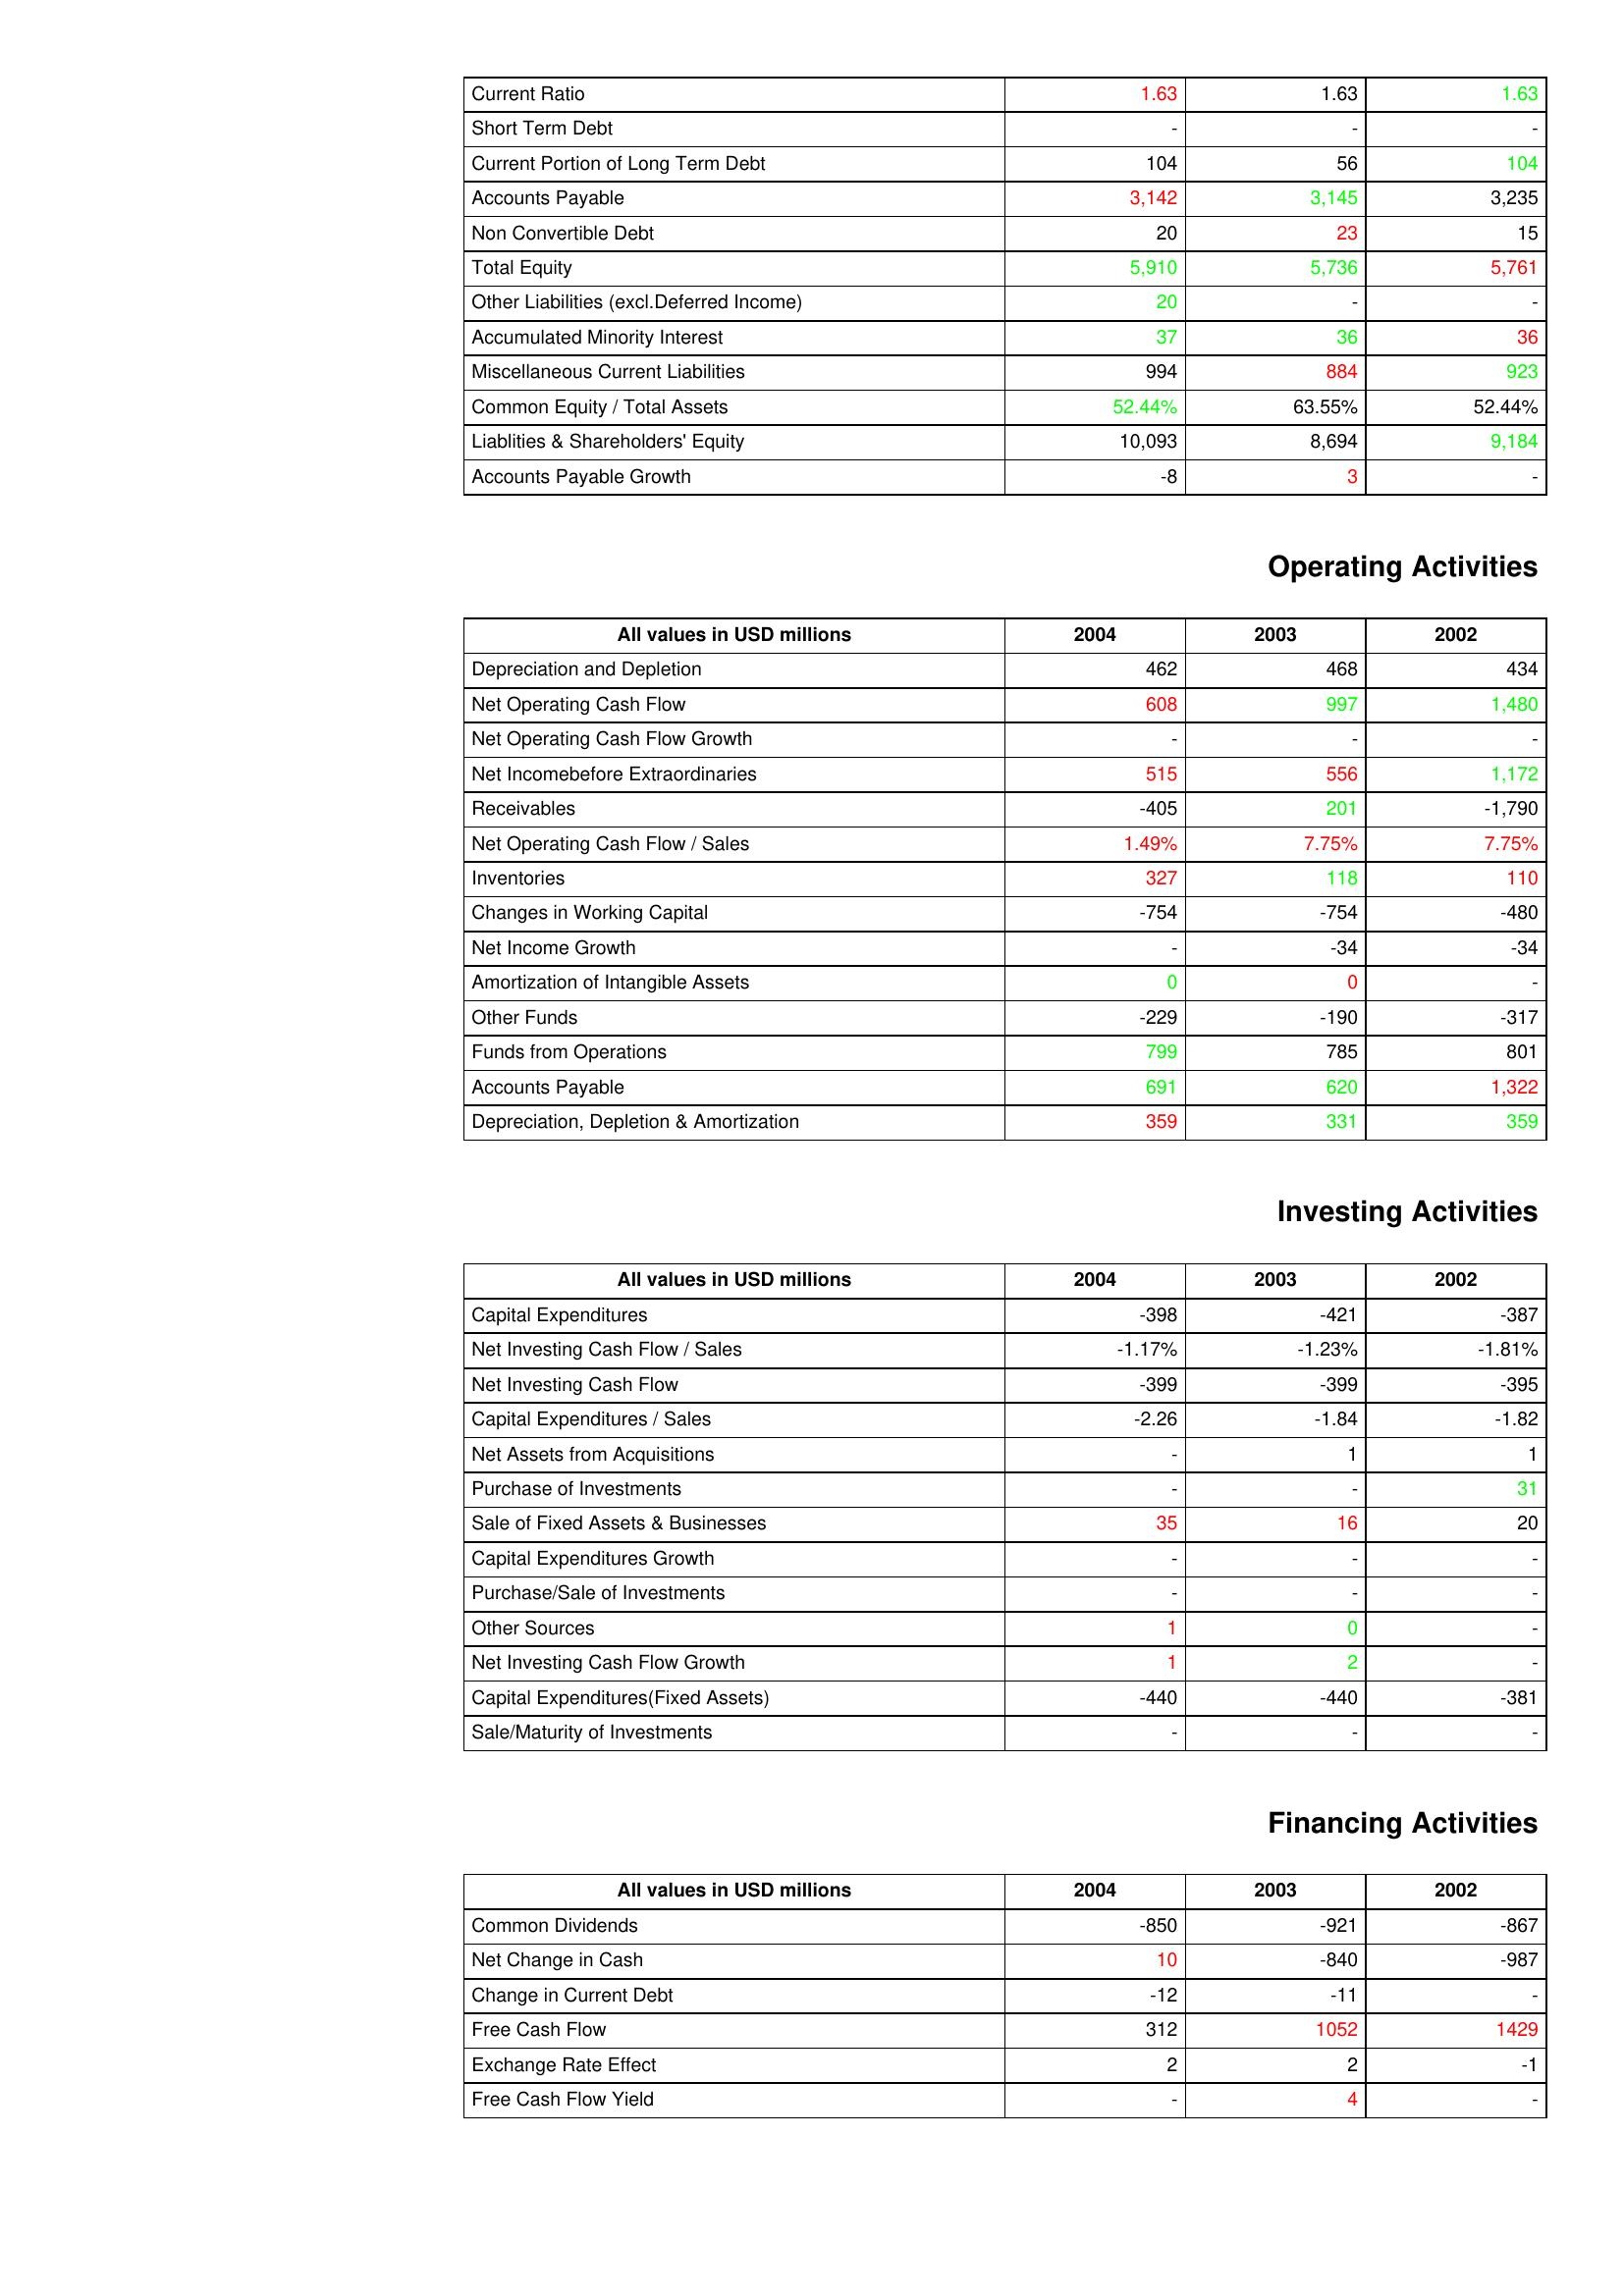
gt_parse: 2004: Liabilities & Shareholder's Equity: Current Ratio: 1.63
Short Term Debt: -
Current Portion of Long Term Debt: 104
Accounts Payable: 3,142
Non Convertible Debt: 20
Total Equity: 5,910
Other Liabilities (excl.Deferred Income): 20
Accumulated Minority Interest: 37
Miscellaneous Current Liabilities: 994
Common Equity / Total Assets: 52.44%
Liablities & Shareholders' Equity: 10,093
Accounts Payable Growth: -8
Operating Activities: Depreciation and Depletion: 462
Net Operating Cash Flow: 608
Net Operating Cash Flow Growth: -
Net Incomebefore Extraordinaries: 515
Receivables: -405
Net Operating Cash Flow / Sales: 1.49%
Inventories: 327
Changes in Working Capital: -754
Net Income Growth: -
Amortization of Intangible Assets: 0
Other Funds: -229
Funds from Operations: 799
Accounts Payable: 691
Depreciation, Depletion & Amortization: 359
Investing Activities: Capital Expenditures: -398
Net Investing Cash Flow / Sales: -1.17%
Net Investing Cash Flow: -399
Capital Expenditures / Sales: -2.26
Net Assets from Acquisitions: -
Purchase of Investments: -
Sale of Fixed Assets & Businesses: 35
Capital Expenditures Growth: -
Purchase/Sale of Investments: -
Other Sources: 1
Net Investing Cash Flow Growth: 1
Capital Expenditures(Fixed Assets): -440
Sale/Maturity of Investments: -
Financing Activities: Common Dividends: -850
Net Change in Cash: 10
Change in Current Debt: -12
Free Cash Flow: 312
Exchange Rate Effect: 2
Free Cash Flow Yield: -
2003: Liabilities & Shareholder's Equity: Current Ratio: 1.63
Short Term Debt: -
Current Portion of Long Term Debt: 56
Accounts Payable: 3,145
Non Convertible Debt: 23
Total Equity: 5,736
Other Liabilities (excl.Deferred Income): -
Accumulated Minority Interest: 36
Miscellaneous Current Liabilities: 884
Common Equity / Total Assets: 63.55%
Liablities & Shareholders' Equity: 8,694
Accounts Payable Growth: 3
Operating Activities: Depreciation and Depletion: 468
Net Operating Cash Flow: 997
Net Operating Cash Flow Growth: -
Net Incomebefore Extraordinaries: 556
Receivables: 201
Net Operating Cash Flow / Sales: 7.75%
Inventories: 118
Changes in Working Capital: -754
Net Income Growth: -34
Amortization of Intangible Assets: 0
Other Funds: -190
Funds from Operations: 785
Accounts Payable: 620
Depreciation, Depletion & Amortization: 331
Investing Activities: Capital Expenditures: -421
Net Investing Cash Flow / Sales: -1.23%
Net Investing Cash Flow: -399
Capital Expenditures / Sales: -1.84
Net Assets from Acquisitions: 1
Purchase of Investments: -
Sale of Fixed Assets & Businesses: 16
Capital Expenditures Growth: -
Purchase/Sale of Investments: -
Other Sources: 0
Net Investing Cash Flow Growth: 2
Capital Expenditures(Fixed Assets): -440
Sale/Maturity of Investments: -
Financing Activities: Common Dividends: -921
Net Change in Cash: -840
Change in Current Debt: -11
Free Cash Flow: 1052
Exchange Rate Effect: 2
Free Cash Flow Yield: 4
2002: Liabilities & Shareholder's Equity: Current Ratio: 1.63
Short Term Debt: -
Current Portion of Long Term Debt: 104
Accounts Payable: 3,235
Non Convertible Debt: 15
Total Equity: 5,761
Other Liabilities (excl.Deferred Income): -
Accumulated Minority Interest: 36
Miscellaneous Current Liabilities: 923
Common Equity / Total Assets: 52.44%
Liablities & Shareholders' Equity: 9,184
Accounts Payable Growth: -
Operating Activities: Depreciation and Depletion: 434
Net Operating Cash Flow: 1,480
Net Operating Cash Flow Growth: -
Net Incomebefore Extraordinaries: 1,172
Receivables: -1,790
Net Operating Cash Flow / Sales: 7.75%
Inventories: 110
Changes in Working Capital: -480
Net Income Growth: -34
Amortization of Intangible Assets: -
Other Funds: -317
Funds from Operations: 801
Accounts Payable: 1,322
Depreciation, Depletion & Amortization: 359
Investing Activities: Capital Expenditures: -387
Net Investing Cash Flow / Sales: -1.81%
Net Investing Cash Flow: -395
Capital Expenditures / Sales: -1.82
Net Assets from Acquisitions: 1
Purchase of Investments: 31
Sale of Fixed Assets & Businesses: 20
Capital Expenditures Growth: -
Purchase/Sale of Investments: -
Other Sources: -
Net Investing Cash Flow Growth: -
Capital Expenditures(Fixed Assets): -381
Sale/Maturity of Investments: -
Financing Activities: Common Dividends: -867
Net Change in Cash: -987
Change in Current Debt: -
Free Cash Flow: 1429
Exchange Rate Effect: -1
Free Cash Flow Yield: -